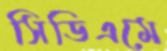
সিডিএমে